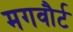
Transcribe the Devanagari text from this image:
मगवौर्ट